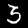
Label: 3